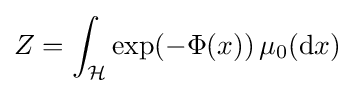
Z=\int _{\mathcal {H}}\exp(-\Phi (x))\,\mu _{0}(\mathrm {d} x)